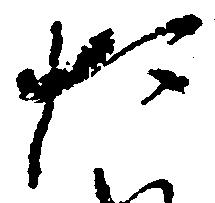
た